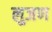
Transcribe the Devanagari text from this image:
लुजण